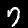
Label: 7